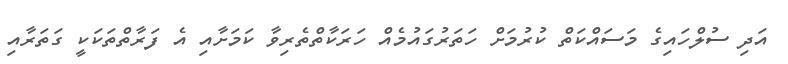
އަދި ސުލްހައިގެ މަސައްކަތް ކުރުމަށް ހަތަރުގައުމެއް ހަރަކާތްތެރިވާ ކަމަށާއި އެ ފަރާތްތަކަކީ ގަތަރާއި